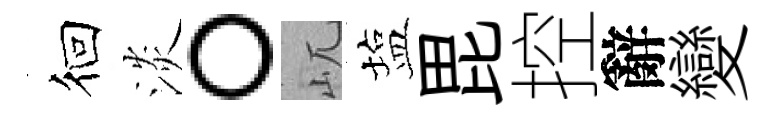
徊淡。屼塩毘控辭變